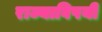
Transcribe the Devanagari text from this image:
राज्याविषयी